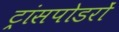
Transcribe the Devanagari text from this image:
ट्रांसपोडरों